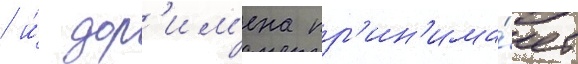
/ и́ дор'им'ена пр'ин'има́ет